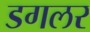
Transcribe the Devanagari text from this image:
डगलर